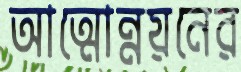
আত্মোন্নয়নের